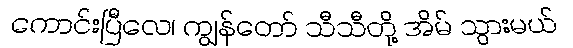
ကောင်းပြီလေ၊ ကျွန်တော် သီသီတို့ အိမ် သွားမယ်